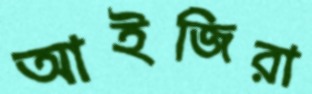
আইজিরা